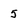
Character: 5